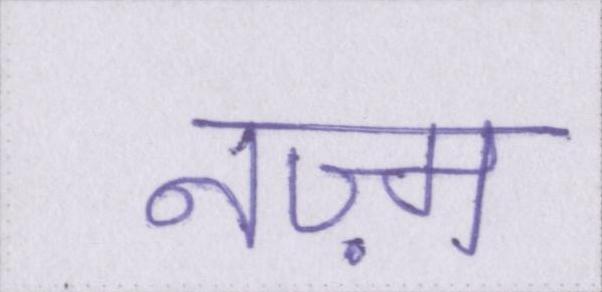
नज़्म